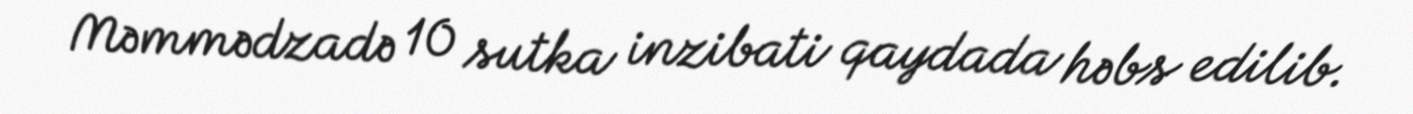
Məmmədzadə 10 sutka inzibati qaydada həbs edilib.